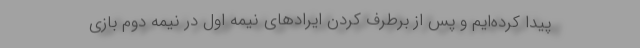
پیدا کرده‌ایم و پس از برطرف کردن ایرادهای نیمه اول در نیمه دوم بازی